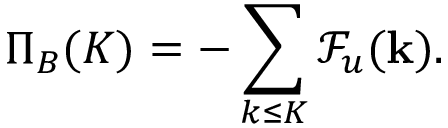
\Pi _ { B } ( K ) = - \sum _ { k \le K } \mathcal { F } _ { u } ( { \bf k } ) .